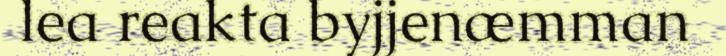
lea reakta byjjenæmman